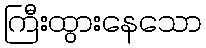
ကြီးထွားနေသော